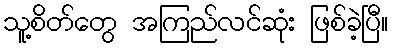
သူ့စိတ်တွေ အကြည်လင်ဆုံး ဖြစ်ခဲ့ပြီ။